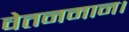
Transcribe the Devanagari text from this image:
वेतनमान।